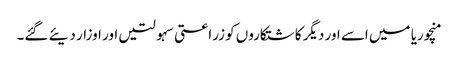
منچوریا میں اسے اور دیگر کاشتکاروں کو زراعتی سہولتیں اور اوزار دیئے گئے۔